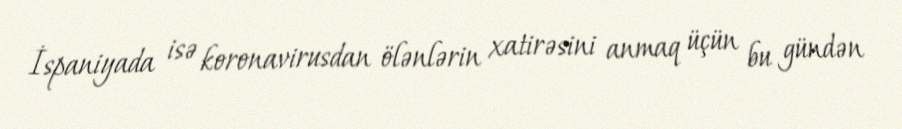
İspaniyada isə koronavirusdan ölənlərin xatirəsini anmaq üçün bu gündən